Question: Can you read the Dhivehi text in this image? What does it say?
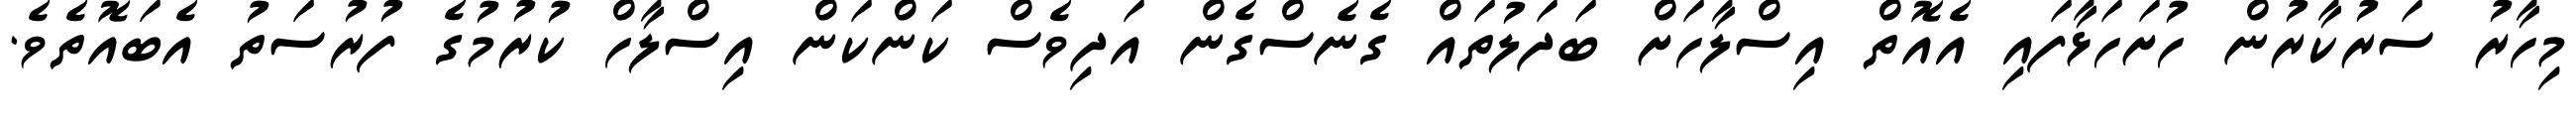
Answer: މިހާރު ސަރުކާރުން ހުށަހަޅާފައި އެއޮތް އިސްލާހަށް ބަދަލުތައް ގެނެސްގެން އަދިވެސް ކަންކަން އިސްލާހް ކުރުމުގެ ފުރުސަތު އެބައޮތެވެ.